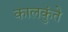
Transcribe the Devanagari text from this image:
कालकुंते